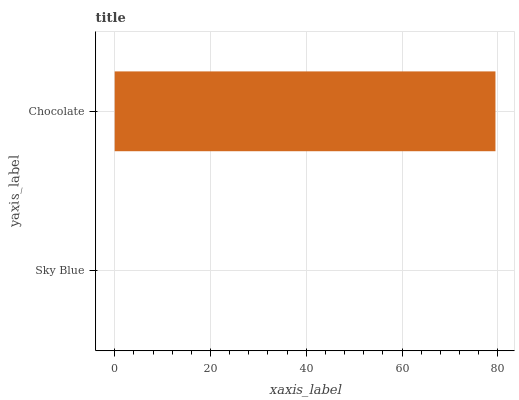
| yaxis_label | bars |
 | --- | --- |
 | Sky Blue | 0 |
 | Chocolate | 79.5 |